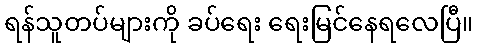
ရန်သူတပ်များကို ခပ်ရေး ရေးမြင်နေရလေပြီ။